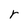
Character: r